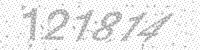
Solution: 121814